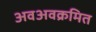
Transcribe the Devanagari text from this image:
अवअवक्रमित